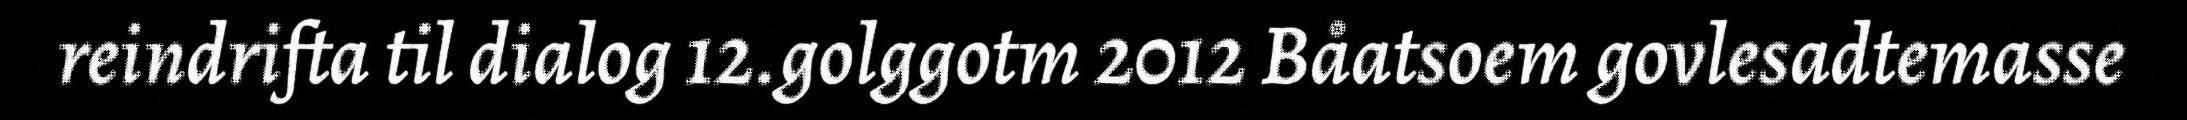
reindrifta til dialog 12.golggotm 2012 Båatsoem govlesadtemasse